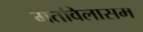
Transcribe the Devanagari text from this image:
मतविलासम